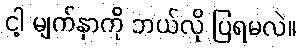
ငါ့ မျက်နှာကို ဘယ်လို ပြရမလဲ။